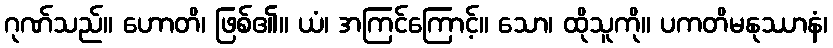
ဂုဏ်သည်။ ဟောတိ၊ ဖြစ်၏။ ယံ၊ အကြင်ကြောင့်။ သော၊ ထိုသူကို။ ပကတိမနုဿာနံ၊